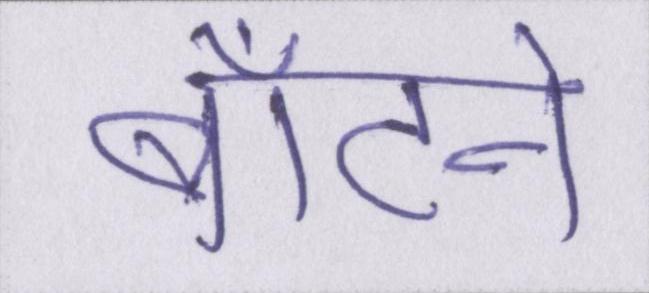
बाँटने